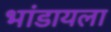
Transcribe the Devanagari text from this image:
भांडायला